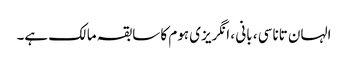
الہان ​​تاناسی ، بانی ، انگریزی ہوم کا سابقہ ​​مالک ہے۔